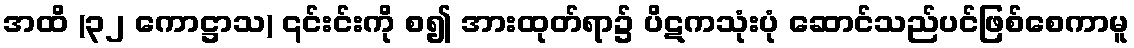
အထိ (၃၂ ကောဋ္ဌာသ) ၎င်းင်းကို စ၍ အားထုတ်ရာ၌ ပိဋကသုံးပုံ ဆောင်သည်ပင်ဖြစ်စေကာမူ